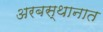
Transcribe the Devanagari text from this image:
अरबस्थानात